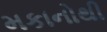
મકાનોથી